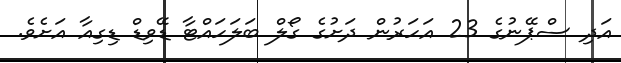
އަދި ސްޕޭނުގެ 23 އަހަރުން ދަށުގެ ގޯލް ބަލަހައްޓާ ޑޭވިޑް ޑިގިއާ އަށެވެ.